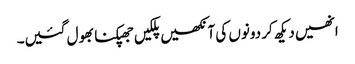
انھیں دیکھ کر دونوں کی آنکھیں پلکیں جھپکنا بھول گئیں۔